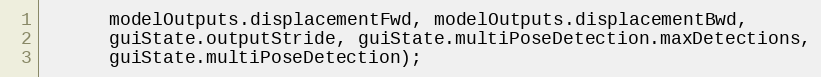
Language: JavaScript
      modelOutputs.displacementFwd, modelOutputs.displacementBwd,
      guiState.outputStride, guiState.multiPoseDetection.maxDetections,
      guiState.multiPoseDetection);